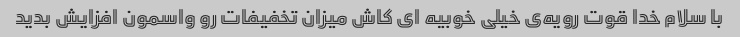
با سلام خدا قوت رویه‌ی خیلی خوبیه‌ ای کاش میزان تخفیفات رو واسمون افزایش بدید